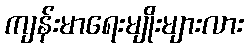
ကျန်းမာရေးမျိုးများလား